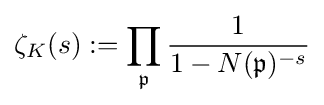
\zeta _{K}(s):=\prod _{\mathfrak {p}}{\frac {1}{1-N({\mathfrak {p}})^{-s}}}